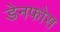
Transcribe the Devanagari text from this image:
डेनफोस